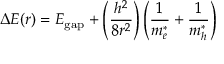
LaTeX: \Delta E ( r ) = E _ { \mathrm { g a p } } + \left( { \frac { h ^ { 2 } } { 8 r ^ { 2 } } } \right) \left( { \frac { 1 } { m _ { e } ^ { * } } } + { \frac { 1 } { m _ { h } ^ { * } } } \right)